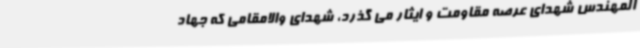
المهندس شهدای عرصه مقاومت و ایثار می گذرد، شهدای والامقامی که جهاد